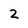
Character: 2